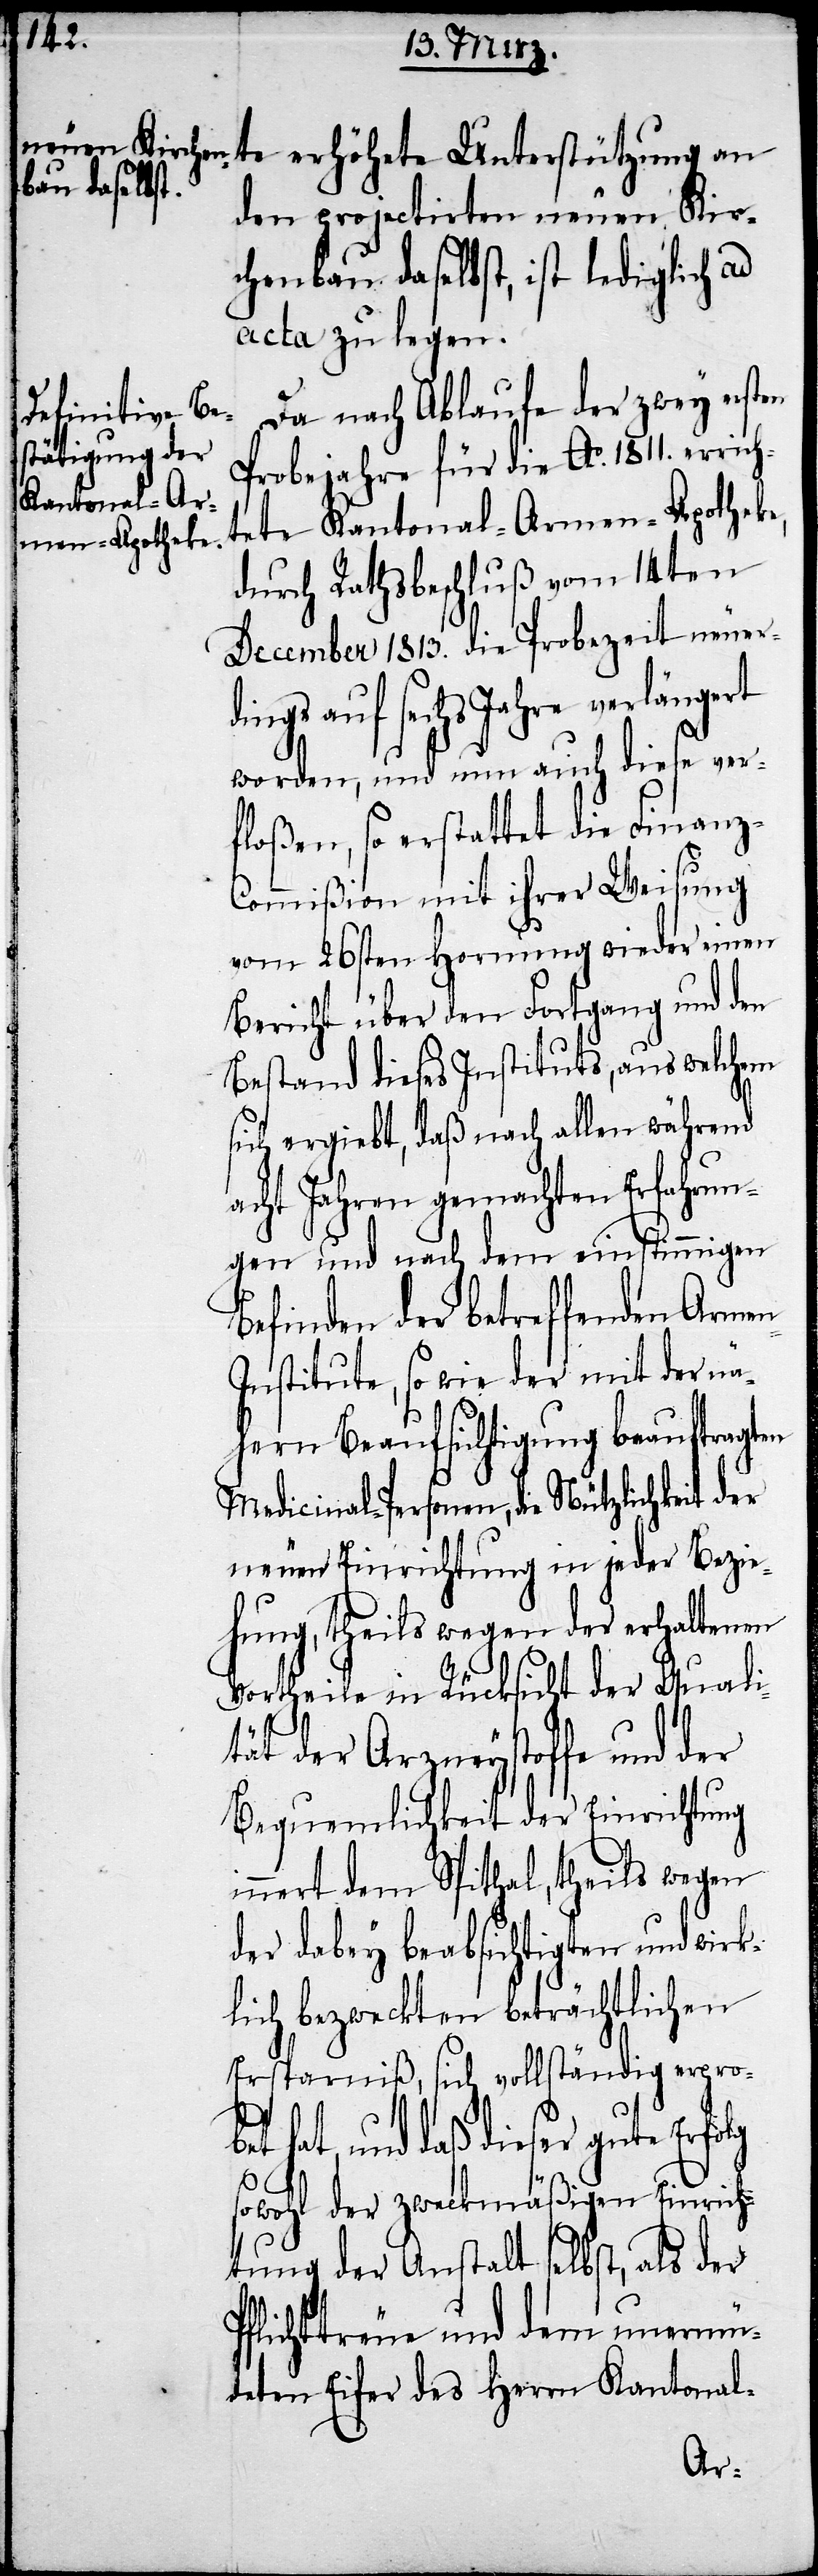
den projectirten neuen Kir¬
chenbau daselbst, ist lediglich ad
acta zu legen.
Da nach Ablaufe der zwey ersten
Probejahre für die Ao. 1811. erric¬
htete Kantonal-Armen-Apotheke,
durch Rathsbeschluß vom 14ten
December 1813. die Probezeit neuer¬
dings auf sechs Jahre verlängert
worden, und nun auch diese ver¬
floßen, so erstattet die Finanz-C¬
ommißion mit ihrer Weisung
vom 26sten Hornung wieder einen
Bericht über den Fortgang und den
Bestand dieses Instituts, aus welchem
sich ergiebt, daß nach allen während
acht Jahren gemachten Erfahrun¬
gen und nach dem einstimmigen
Befinden der betreffenden Arme¬
n-Institute, so wie der mit der nä¬
hern Beaufsichtigung beauftragten
Medicinal-Personen, die Nützlichkeit der
neuen Einrichtung in jeder Bezie¬
hung, theils wegen der erhaltenen
Vortheile in Rücksicht der Quali¬
tät der Arzneystoffe und der
Bequemlichkeit der Einrichtung
innert dem Spithal, theils wegen
der dabey beabsichtigten und wirk¬
lich bezweckten beträchtlichen
Ersparniß, sich vollständig erprob¬
et hat, und daß dieser gute Erfo¬
P¬
sowohl der zweckmäßigen Einrich¬
tung der Anstalt selbst, als der
flichttreue und dem unermü¬
deten Eifer des Herrn Kantonal-